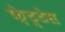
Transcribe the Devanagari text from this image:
फ़ेट्टेस